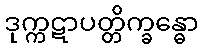
ဒုက္ကဋာပတ္တိက္ခန္ဓော